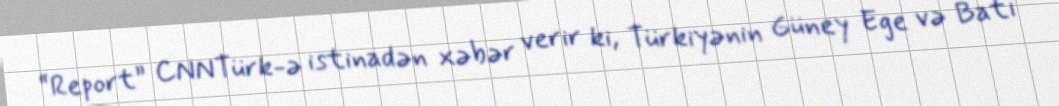
“Report” CNNTürk-ə istinadən xəbər verir ki, Türkiyənin Güney Ege və Batı